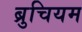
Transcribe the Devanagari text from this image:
ब्रुचियम